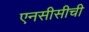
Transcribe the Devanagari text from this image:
एनसीसीची